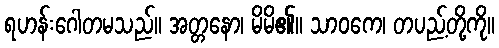
ရဟန်းဂေါတမသည်။ အတ္တနော၊ မိမိ၏။ သာဝကေ၊ တပည့်တို့ကို။